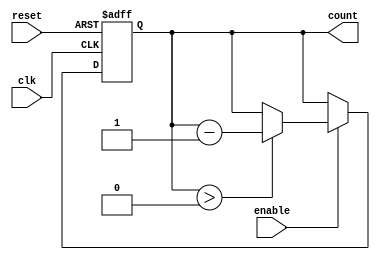
module down_counter #(
    parameter N = 15  // Maximum value for the counter (can be adjusted)
)(
    input wire clk,     // Clock input
    input wire enable,  // Enable signal
    input wire reset,   // Asynchronous reset signal
    output reg [N:0] count // Current value of the counter
);

    // Initial value for the counter
    initial begin
        count = N; // Start counting from maximum value N
    end

    // Asynchronous reset and counting logic
    always @(posedge clk or posedge reset) begin
        if (reset) begin
            count <= N; // Reset the counter to maximum value N
        end else if (enable) begin
            if (count > 0) begin
                count <= count - 1; // Decrement the counter
            end
            // If count is 0, it stays at 0
        end
        // If enable is low, the counter holds its value
    end

endmodule